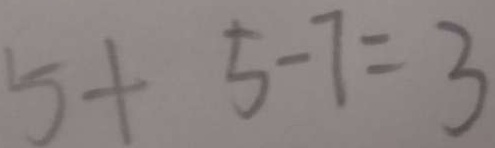
5 + 5 - 7 = 3